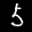
Label: 5